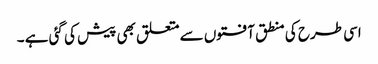
اسی طرح کی منطق آفتوں سے متعلق بھی پیش کی گئی ہے ۔